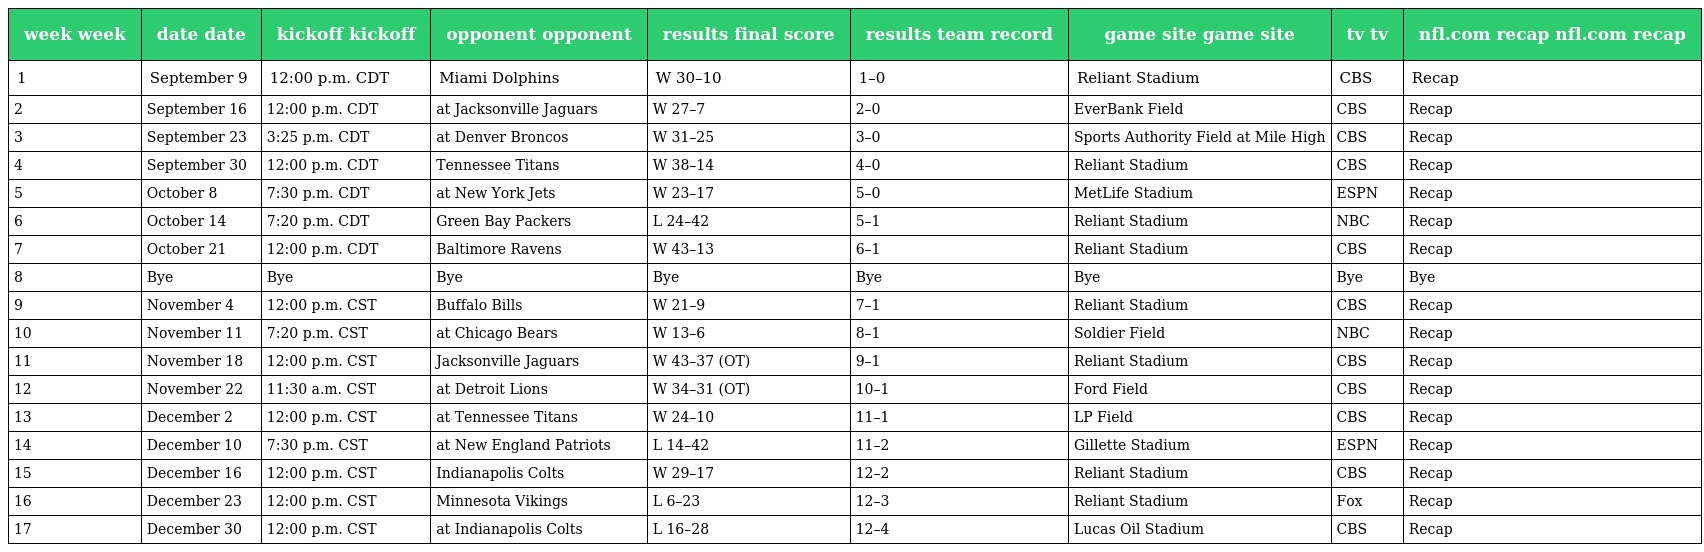
| week week | date date | kickoff kickoff | opponent opponent | results final score | results team record | game site game site | tv tv | nfl.com recap nfl.com recap |
 | --- | --- | --- | --- | --- | --- | --- | --- | --- |
 | 1 | September 9 | 12:00 p.m. CDT | Miami Dolphins | W 30–10 | 1–0 | Reliant Stadium | CBS | Recap |
 | 2 | September 16 | 12:00 p.m. CDT | at Jacksonville Jaguars | W 27–7 | 2–0 | EverBank Field | CBS | Recap |
 | 3 | September 23 | 3:25 p.m. CDT | at Denver Broncos | W 31–25 | 3–0 | Sports Authority Field at Mile High | CBS | Recap |
 | 4 | September 30 | 12:00 p.m. CDT | Tennessee Titans | W 38–14 | 4–0 | Reliant Stadium | CBS | Recap |
 | 5 | October 8 | 7:30 p.m. CDT | at New York Jets | W 23–17 | 5–0 | MetLife Stadium | ESPN | Recap |
 | 6 | October 14 | 7:20 p.m. CDT | Green Bay Packers | L 24–42 | 5–1 | Reliant Stadium | NBC | Recap |
 | 7 | October 21 | 12:00 p.m. CDT | Baltimore Ravens | W 43–13 | 6–1 | Reliant Stadium | CBS | Recap |
 | 8 | Bye | Bye | Bye | Bye | Bye | Bye | Bye | Bye |
 | 9 | November 4 | 12:00 p.m. CST | Buffalo Bills | W 21–9 | 7–1 | Reliant Stadium | CBS | Recap |
 | 10 | November 11 | 7:20 p.m. CST | at Chicago Bears | W 13–6 | 8–1 | Soldier Field | NBC | Recap |
 | 11 | November 18 | 12:00 p.m. CST | Jacksonville Jaguars | W 43–37 (OT) | 9–1 | Reliant Stadium | CBS | Recap |
 | 12 | November 22 | 11:30 a.m. CST | at Detroit Lions | W 34–31 (OT) | 10–1 | Ford Field | CBS | Recap |
 | 13 | December 2 | 12:00 p.m. CST | at Tennessee Titans | W 24–10 | 11–1 | LP Field | CBS | Recap |
 | 14 | December 10 | 7:30 p.m. CST | at New England Patriots | L 14–42 | 11–2 | Gillette Stadium | ESPN | Recap |
 | 15 | December 16 | 12:00 p.m. CST | Indianapolis Colts | W 29–17 | 12–2 | Reliant Stadium | CBS | Recap |
 | 16 | December 23 | 12:00 p.m. CST | Minnesota Vikings | L 6–23 | 12–3 | Reliant Stadium | Fox | Recap |
 | 17 | December 30 | 12:00 p.m. CST | at Indianapolis Colts | L 16–28 | 12–4 | Lucas Oil Stadium | CBS | Recap |